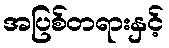
အပြစ်တရားနှင့်